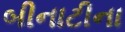
બીનાટીના